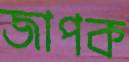
জাপক